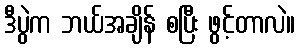
ဒီပွဲက ဘယ်အချိန် စပြီး ဖွင့်တာလဲ။